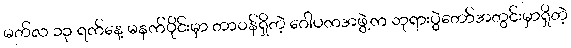
မတ်လ ၁၃ ရက်နေ့ မနက်ပိုင်းမှာ တာဝန်ရှိတဲ့ ဂေါပကအဖွဲ့က ဘုရားပွဲတော်အတွင်းမှာရှိတဲ့